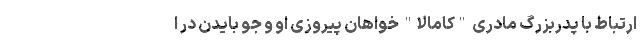
ارتباط با پدربزرگ مادری "کامالا" خواهان پیروزی او و جو بایدن در ا